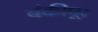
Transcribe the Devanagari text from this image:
बंकीपूर